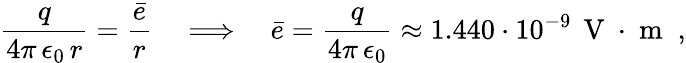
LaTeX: \frac{q}{4\pi\, \epsilon_{0}\, r}=\frac{\bar{e}}{r}\quad\Longrightarrow\quad\bar{e}=\frac{q}{4\pi\, \epsilon_{0}}\approx 1.440\cdot 10^{-9}\, \mathrm{~V~}\cdot\mathrm{~m~}\; ,